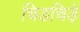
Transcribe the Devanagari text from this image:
चिडचिड़े